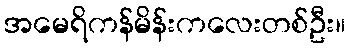
အမေရိကန်မိန်းကလေးတစ်ဦး။